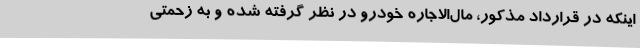
اینکه در قرارداد مذکور، مال‌الاجاره خودرو در نظر گرفته شده و به زحمتی